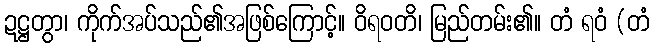
ဍဋ္ဌတွာ၊ ကိုက်အပ်သည်၏အဖြစ်ကြောင့်။ ဝိရဝတိ၊ မြည်တမ်း၏။ တံ ရဝံ (တံ